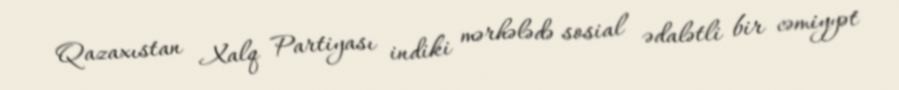
Qazaxıstan Xalq Partiyası indiki mərhələdə sosial ədalətli bir cəmiyyət